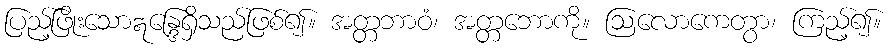
ပြည့်ဖြိုးသောဣန္ဒြေရှိသည်ဖြစ်၍။ အတ္တဘာဝံ၊ အတ္တဘောကို။ ဩလောကေတွာ၊ ကြည့်၍။